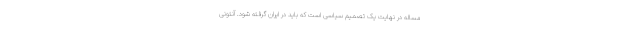
مساله در نهایت یک تصمیم سیاسی است که باید در ایران گرفته شود. آنتونی